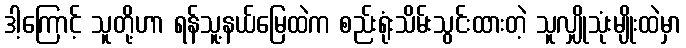
ဒါ့ကြောင့် သူတို့ဟာ ရန်သူ့နယ်မြေထဲက စည်းရုံးသိမ်းသွင်းထားတဲ့ သူလျှိုသုံးမျိုးထဲမှာ